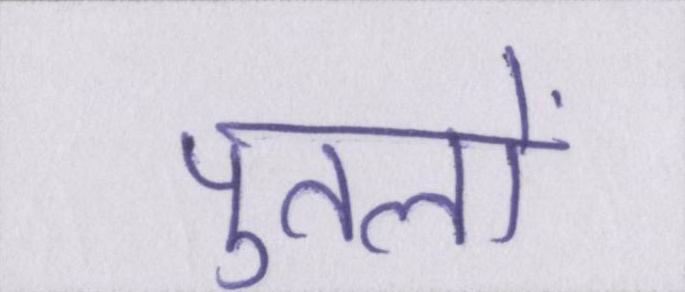
पुतलों